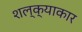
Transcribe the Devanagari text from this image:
शल्क्याकार